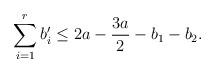
LaTeX: \begin{align*}\sum_{i=1}^r b_i' \leq 2a - \frac{3a}{2} - b_1 - b_2.\end{align*}